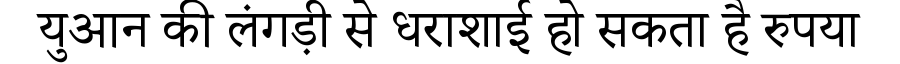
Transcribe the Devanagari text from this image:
युआन की लंगड़ी से धराशाई हो सकता है रुपया